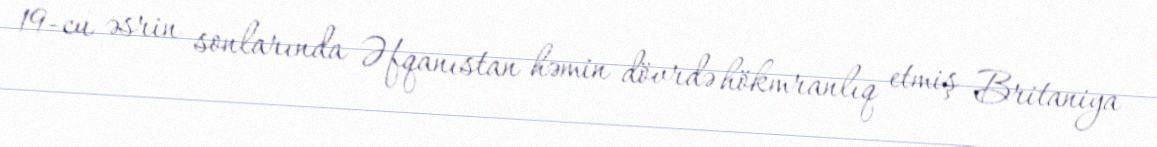
19-cu əsrin sonlarında Əfqanıstan həmin dövrdə hökmranlıq etmiş Britaniya